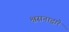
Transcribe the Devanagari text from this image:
श्वसनाद्वारे